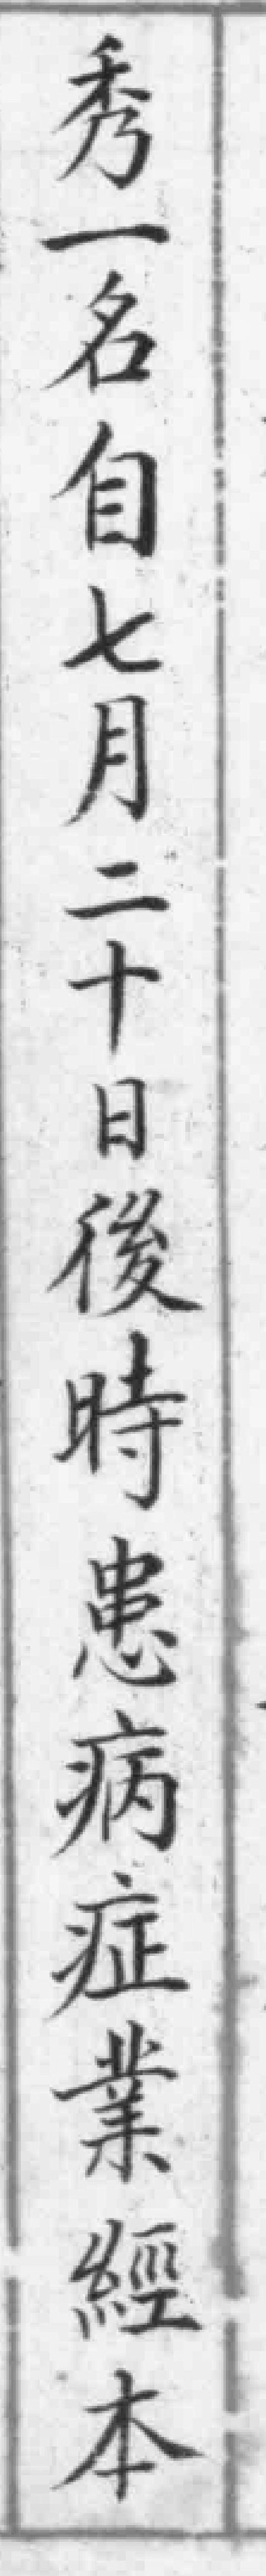
秀一名自七月二十日後時患病症業經本